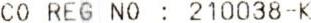
CO REG NO : 210038-K